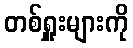
တစ်ရှူးများကို